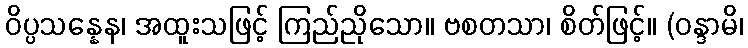
ဝိပ္ပသန္နေန၊ အထူးသဖြင့် ကြည်ညိုသော။ ဗစတသာ၊ စိတ်ဖြင့်။ (ဝန္ဒာမိ၊